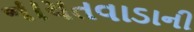
નાયતવાડાની